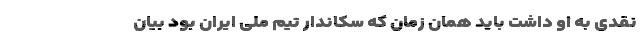
نقدی به او داشت باید همان زمان که سکاندار تیم ملی ایران بود بیان